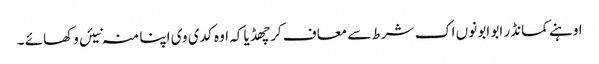
اوہنے کمانڈر ابو ابو نوں اک شرط سے معاف کر چھڈیا کہ اوہ کدی وی اپنا منہ نیئں وکھائے ۔